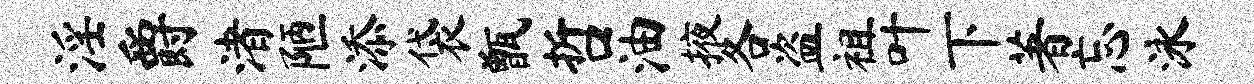
淫爵渚陋添袋甑哲油掖各盗祖叶下著忘泳